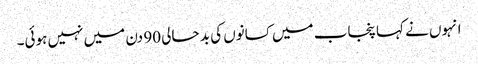
انہوں نے کہا پنجاب میں کسانوں کی بد حالی 90 دن میں نہیں ہوئی۔